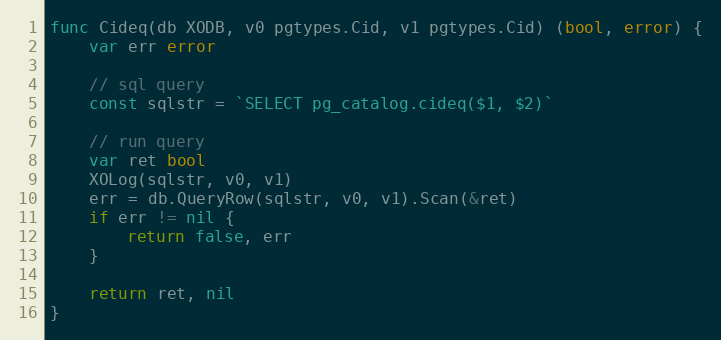
Language: Go
func Cideq(db XODB, v0 pgtypes.Cid, v1 pgtypes.Cid) (bool, error) {
	var err error

	// sql query
	const sqlstr = `SELECT pg_catalog.cideq($1, $2)`

	// run query
	var ret bool
	XOLog(sqlstr, v0, v1)
	err = db.QueryRow(sqlstr, v0, v1).Scan(&ret)
	if err != nil {
		return false, err
	}

	return ret, nil
}